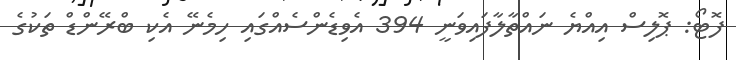
ފޮޓޯ: ޕޮލިސް އިއްޔެ ނައްތާލާފައިވަނީ 394 އެވިޑެންސެއްގައި ހިމެނޭ އެކި ބްރޭންޑް ތަކުގެ